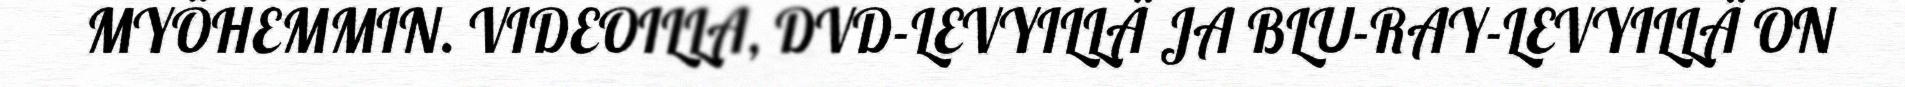
MYÖHEMMIN. VIDEOILLA, DVD-LEVYILLÄ JA BLU-RAY-LEVYILLÄ ON